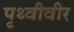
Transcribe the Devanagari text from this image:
पृथ्वीवीर